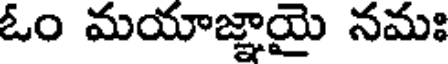
ఓం మయాజ్ఞాయై నమః